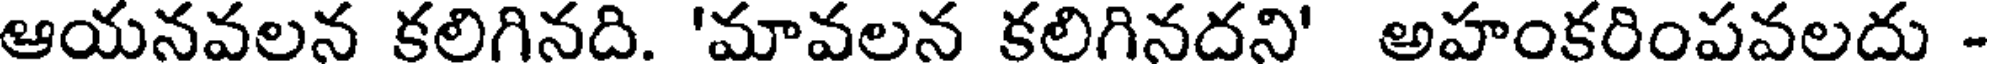
ఆయనవలన కలిగినది. 'మావలన కలిగినదని' అహంకరింపవలదు -